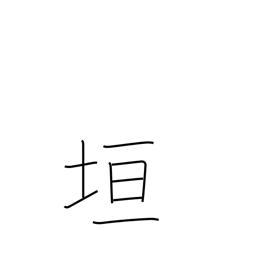
Meaning: wall